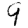
Digit: 9